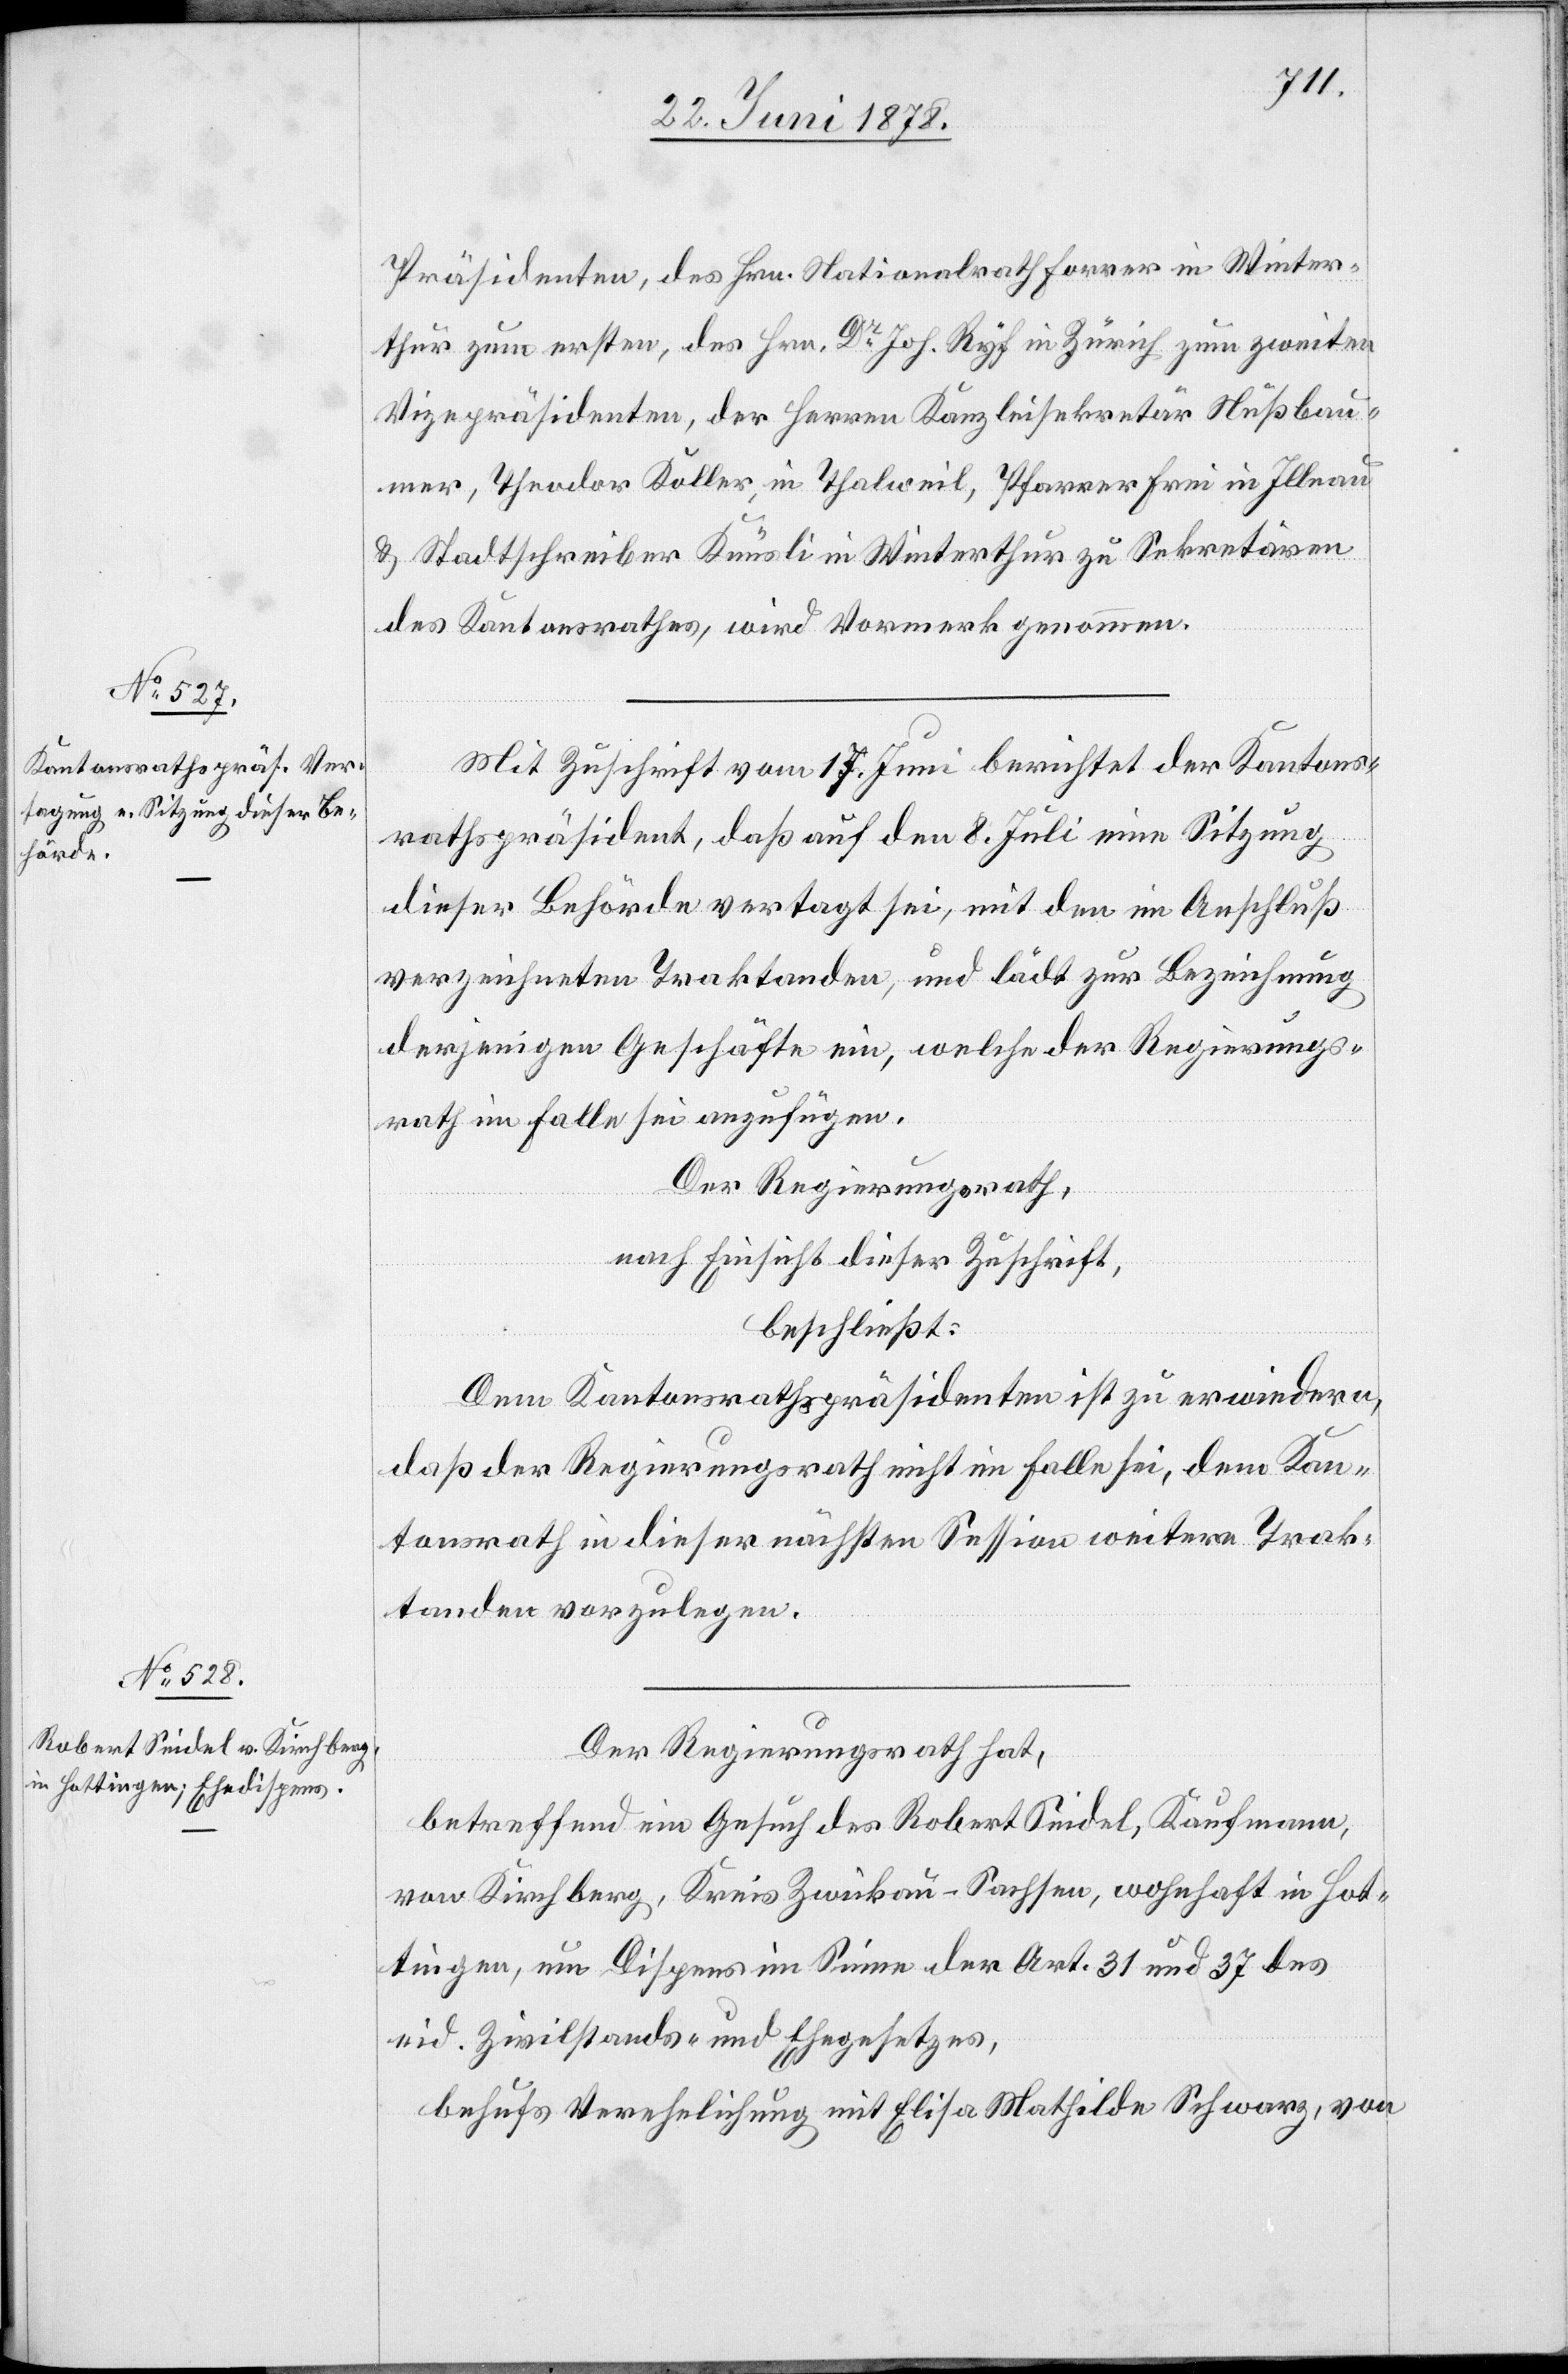
Präsidenten, des Hrn. Nationalrath Forrer in Winter¬
thur zum ersten, des Hrn. Dr Joh. Ryf in Zürich zum zweiten
Vizepräsidenten, der Herren Kanzleisekretär Nußbau¬
mer, Theodor Koller, in Thalweil, Pfarrer Frei in Illnau
& Stadtschreiber Knüsli in Winterthur zu Sekretären
des Kantonsrathes, wird Vormerk genommen.
Mit Zuschrift vom 17. Juni berichtet der Kantons¬
rathspräsident, daß auf den 8. Juli eine Sitzung
dieser Behörde vertagt sei, mit den im Anschluß
verzeichneten Traktanden, und lädt zur Bezeichnung
derjenigen Geschäfte ein, welche der Regierungs¬
rath im Falle sei anzufügen.
Der Regierungsrath,
nach Einsicht dieser Zuschrift,
beschließt:
Dem Kantonsrathspräsidenten ist zu erwiedern,
daß der Regierungsrath nicht im Falle sei, dem Kan¬
tonsrath in dieser nächsten Session weitere Trak¬
tanden vorzulegen.
Der Regierungsrath hat,
betreffend ein Gesuch des Robert Seidel, Kaufmann,
von Kirchberg, Kreis Zwickau - Sachsen, wohnhaft in Hot¬
tingen, um Dispens im Sinne der Art. 31 und 37 des
eid. Zivilstands- und Ehegesetzes,
behufs Verehelichung mit Elisa Mathilde Schwarz, von